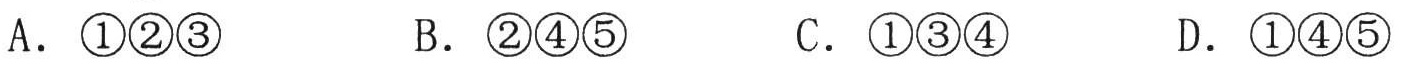
A．\textcircled{1}\textcircled{2}\textcircled{3}  B．\textcircled{2}\textcircled{4}\textcircled{5}  C．\textcircled{1}\textcircled{3}\textcircled{4}  D．\textcircled{1}\textcircled{4}\textcircled{5}